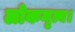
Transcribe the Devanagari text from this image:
लोकनृत्य।